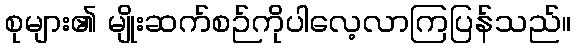
စုများ၏ မျိုးဆက်စဉ်ကိုပါလေ့လာကြပြန်သည်။